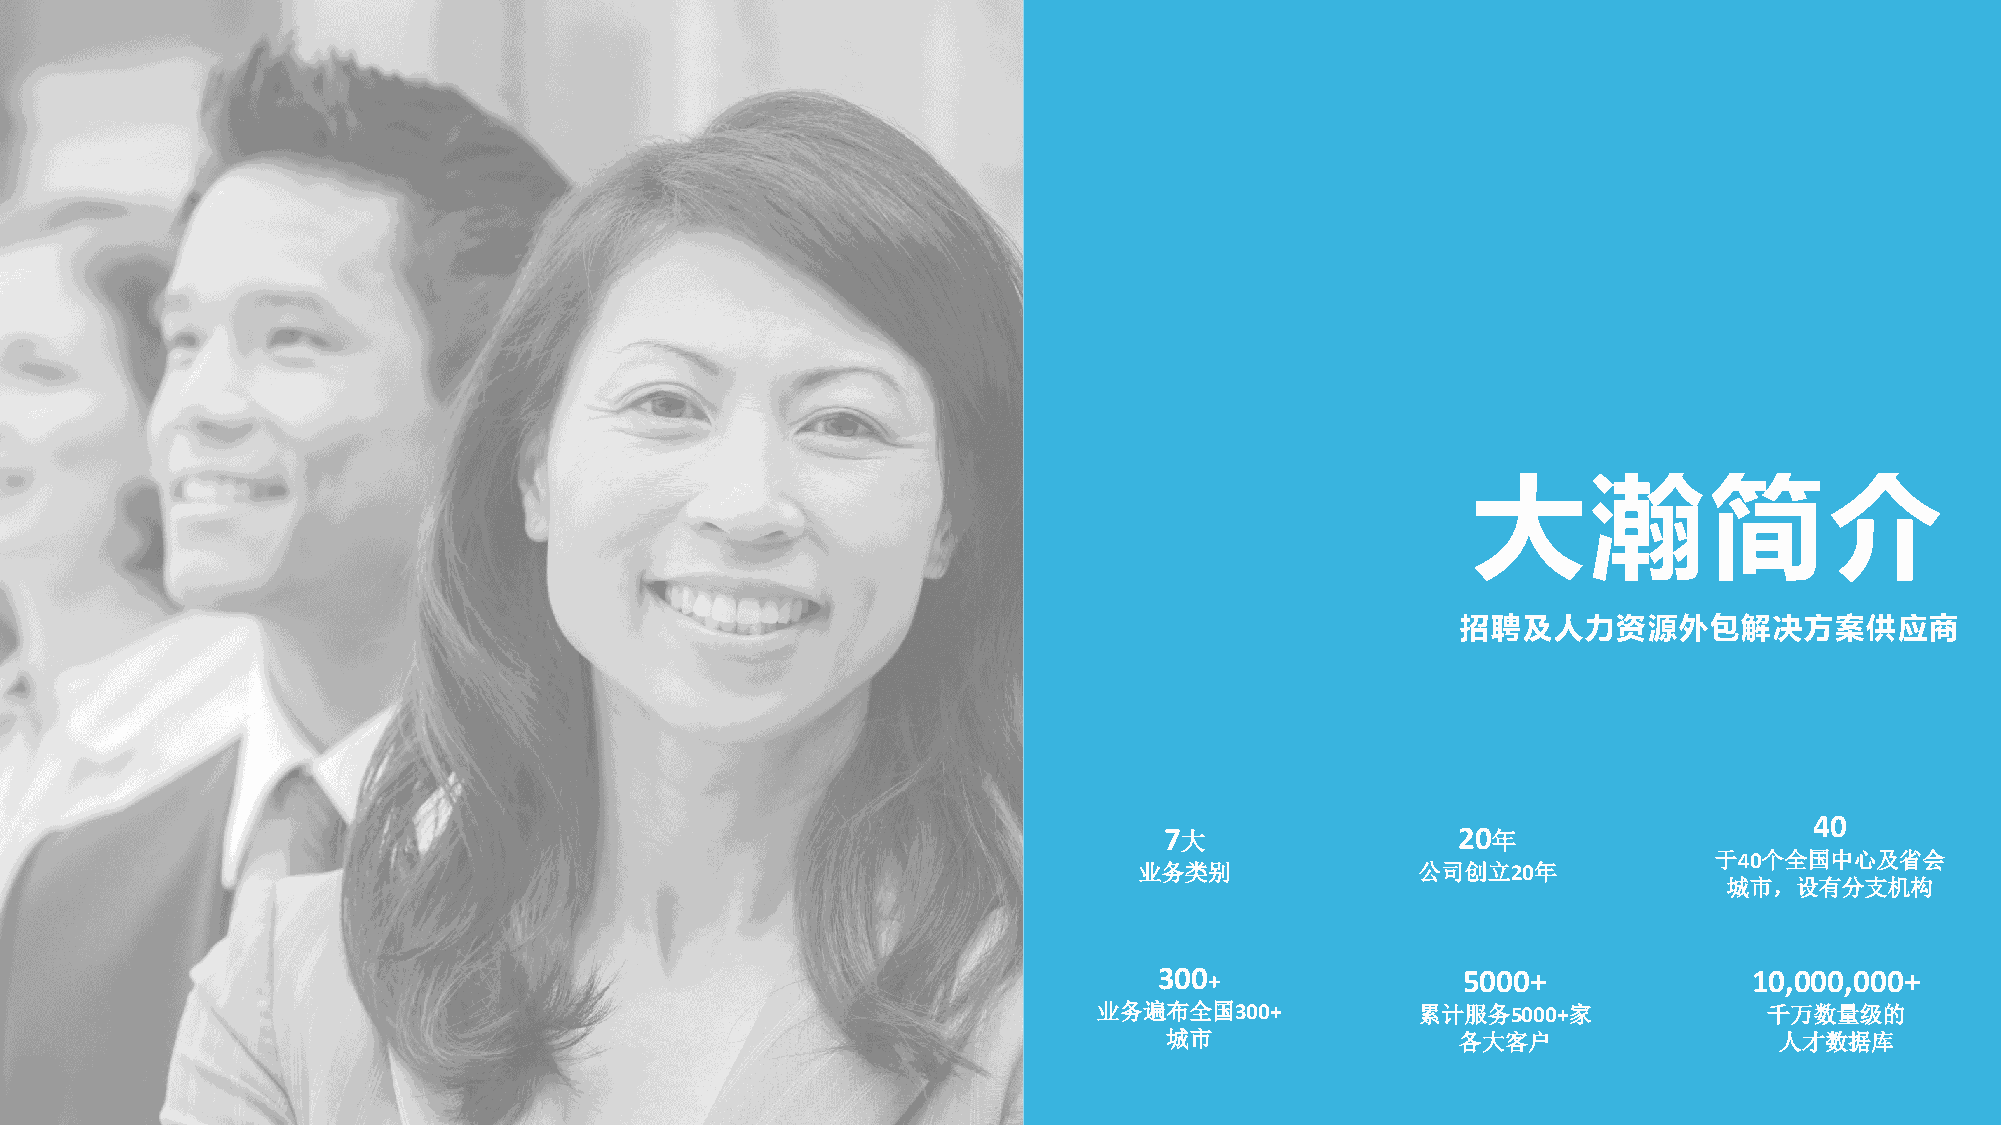
大瀚简介
 招聘及人力资源外包解决方案供应商
 40
 7大                 20年
 于40个全国中心及省会
 业务类别               公司创立20年
 城市，设有分支机构
 300+                5000+              10,000,000+
 业务遍布全国300+           累计服务5000+家             千万数量级的
 城市                  各大客户                 人才数据库